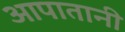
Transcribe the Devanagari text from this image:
आपातानी